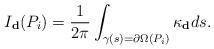
LaTeX: \begin{align*}I_{\textbf{d}}(P_i)=\frac{1}{2 \pi} \int_{\gamma (s) = \partial \Omega (P_i)} \kappa_{\textbf{d}} ds .\end{align*}